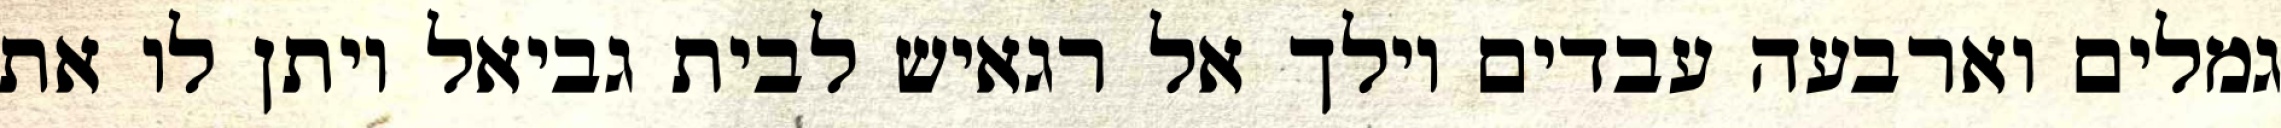
גמלים וארבעה עבדים וילך אל רגאיש לבית גביאל ויתן לו את